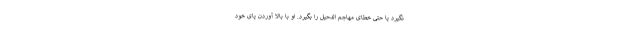
نگیرد یا حتی خطای مهاجم الدحیل را بگیرد. او با بالا آوردن پای خود